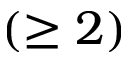
( \ge 2 )